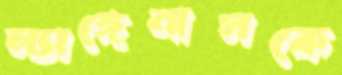
ল্যাঙ্গেনাসকে